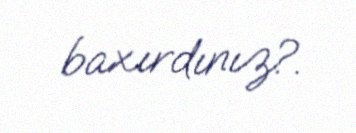
baxırdınız?.